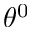
\theta ^ { 0 }